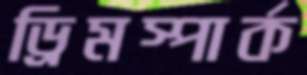
ড্রিমস্পার্ক